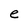
Character: e